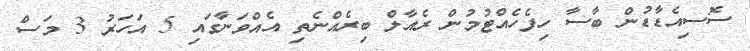
ސޮސިއެޑާޑުން ބާސާ ހިފެހެއްޓުމުން ރެއާލް ބިރެއްނެތި އެއްވަނާގައި 5 އަހަރު 3 މަސް